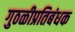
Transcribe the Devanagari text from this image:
गुठळीप्रतिबंधक